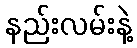
နည်းလမ်းနဲ့